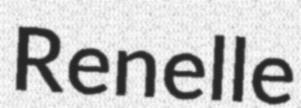
Renelle